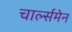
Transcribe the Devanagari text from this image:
चार्ल्समेन